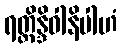
ရတ္တိန္ဒိဝါနိပါဟံ